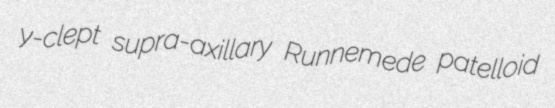
y-clept supra-axillary Runnemede patelloid